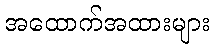
အထောက်အထားများ